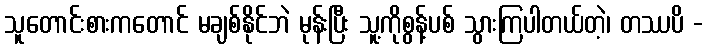
သူတောင်းစားကတောင် မချစ်နိုင်ဘဲ မုန်းပြီး သူ့ကိုစွန့်ပစ် သွားကြပါတယ်တဲ့၊ တဿပိ -